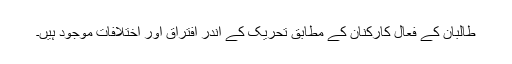
طالبان کے فعال کارکنان کے مطابق تحریک کے اندر افتراق اور اختلافات موجود ہیں۔